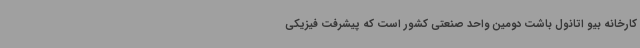
کارخانه بیو اتانول باشت دومین واحد صنعتی کشور است که پیشرفت فیزیکی